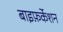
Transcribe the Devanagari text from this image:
बाइफ़र्केशन